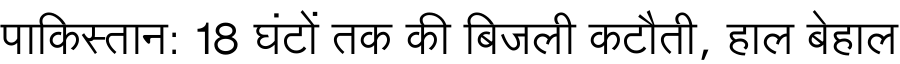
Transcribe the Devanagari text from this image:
पाकिस्तान: 18 घंटों तक की बिजली कटौती, हाल बेहाल